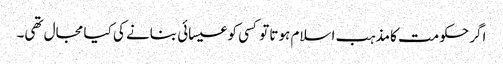
اگر حکومت کا مذہب اسلام ہوتا تو کسی کو عیسائی بنانے کی کیا مجال تھی۔